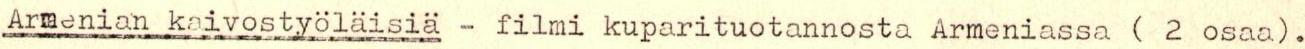
Armenian kaivostyöläisiä - filmi kuparituotannosta Armeniassa ( 2 osaa) .